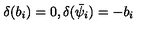
\delta ( b _ { i } ) = 0 , \delta ( \bar { \psi } _ { i } ) = - b _ { i }